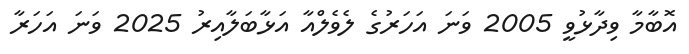
އޮބާމާ ވިދާޅުވީ 2005 ވަނަ އަހަރުގެ ލެވެލްއާ އަޅާބަލާއިރު 2025 ވަނަ އަހަރާ